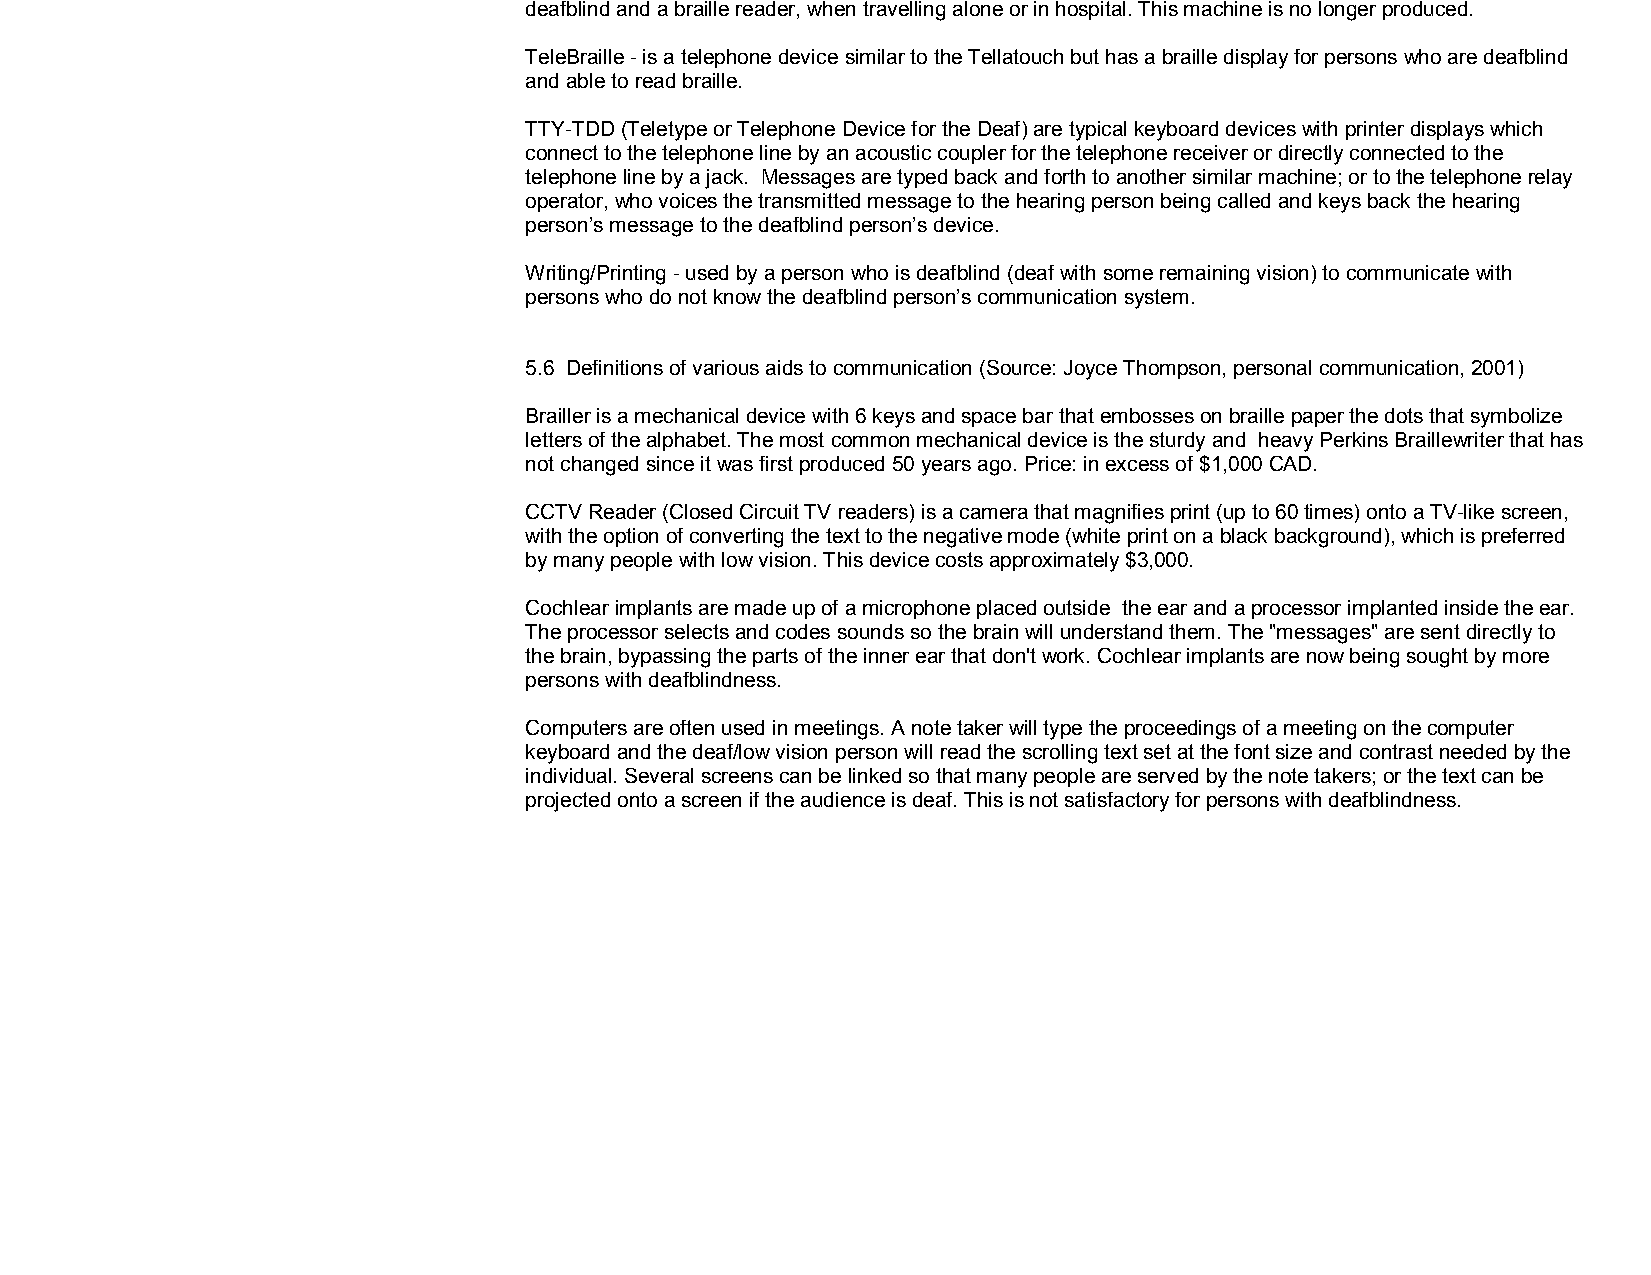
deafblind and a braille reader, when travelling alone or in hospital. This machine is no longer produced.
 TeleBraille ­ is a telephone device similar to the Tellatouch but has a braille display for persons who are deafblind
 and able to read braille.
 TTY­TDD (Teletype or Telephone Device for the Deaf) are typical keyboard devices with printer displays which
 connect to the telephone line by an acoustic coupler for the telephone receiver or directly connected to the
 telephone line by a jack. Messages are typed back and forth to another similar machine; or to the telephone relay
 operator, who voices the transmitted message to the hearing person being called and keys back the hearing
 person’s message to the deafblind person’s device.
 Writing/Printing ­ used by a person who is deafblind (deaf with some remaining vision) to communicate with
 persons who do not know the deafblind person’s communication system.
 5.6 Definitions of various aids to communication (Source: Joyce Thompson, personal communication, 2001)
 Brailler is a mechanical device with 6 keys and space bar that embosses on braille paper the dots that symbolize
 letters of the alphabet. The most common mechanical device is the sturdy and heavy Perkins Braillewriter that has
 not changed since it was first produced 50 years ago. Price: in excess of $1,000 CAD.
 CCTV Reader (Closed Circuit TV readers) is a camera that magnifies print (up to 60 times) onto a TV­like screen,
 with the option of converting the text to the negative mode (white print on a black background), which is preferred
 by many people with low vision. This device costs approximately $3,000.
 Cochlear implants are made up of a microphone placed outside the ear and a processor implanted inside the ear.
 The processor selects and codes sounds so the brain will understand them. The "messages" are sent directly to
 the brain, bypassing the parts of the inner ear that don't work. Cochlear implants are now being sought by more
 persons with deafblindness.
 Computers are often used in meetings. A note taker will type the proceedings of a meeting on the computer
 keyboard and the deaf/low vision person will read the scrolling text set at the font size and contrast needed by the
 individual. Several screens can be linked so that many people are served by the note takers; or the text can be
 projected onto a screen if the audience is deaf. This is not satisfactory for persons with deafblindness.